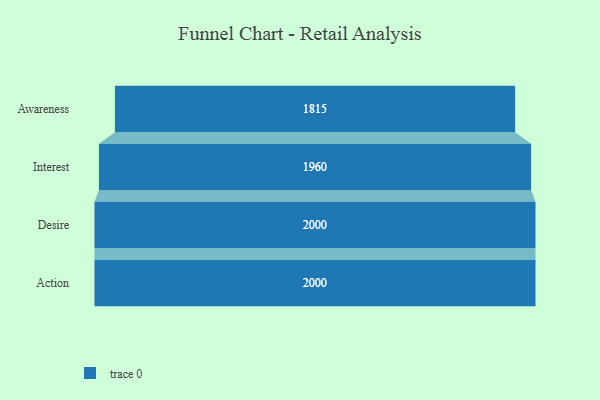
{"axis": {"x": "Stage", "y": "Value"}, "legend": [""], "data": [{"x": "Awareness", "y": 1815.0, "type": ""}, {"x": "Interest", "y": 1960.0, "type": ""}, {"x": "Desire", "y": 2000, "type": ""}, {"x": "Action", "y": 2000, "type": ""}]}